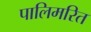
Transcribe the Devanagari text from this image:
पालिमरित